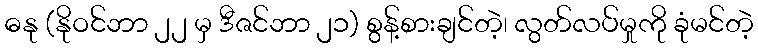
ဓနု (နိုဝင်ဘာ ၂၂ မှ ဒီဇင်ဘာ ၂၁) စွန့်စားချင်တဲ့၊ လွတ်လပ်မှုကို ခုံမင်တဲ့